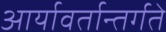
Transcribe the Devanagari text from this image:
आर्यावर्तान्तर्गते